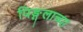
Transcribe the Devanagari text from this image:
पिङ्गलाच्या